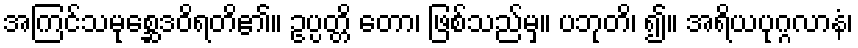
အကြင်သမုစ္ဆေဒဝိရတိ၏။ ဥပ္ပတ္တိ တော၊ ဖြစ်သည်မှ။ ပဘုတိ၊ ၍။ အရိယပုဂ္ဂလာနံ၊